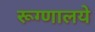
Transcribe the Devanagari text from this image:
रूग्णालये